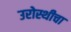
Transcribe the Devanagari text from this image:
उरोस्थीचा